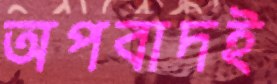
অপবাদই